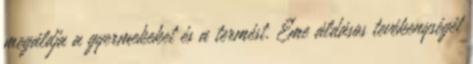
megáldja a gyermekeket és a termést. Eme áldásos tevékenységét